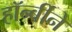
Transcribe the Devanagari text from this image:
हॉर्न्बीने